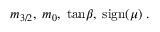
m _ { 3 / 2 } , \; m _ { 0 } , \; \mathrm { t a n } \beta , \; \mathrm { s i g n } ( \mu ) \; .